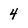
Character: 4